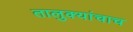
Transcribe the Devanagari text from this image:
तालुक्यांचाच